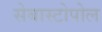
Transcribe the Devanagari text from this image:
सेबास्टोपोल